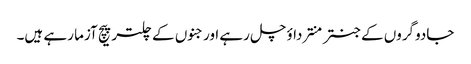
جادوگروں کے جنتر منترداؤ چل رہے اورجنوں کے چلتر پیچ آزما رہے ہیں۔